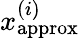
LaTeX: x_{\mathrm{approx}}^{(i)}